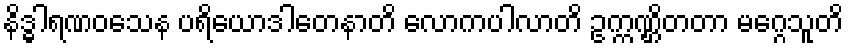
နိဒ္ဓါရဏဝသေန ပရိယောဒါတေနာတိ လောကပါလာတိ ဥက္ကဏ္ဌိတတာ မဂ္ဂေသူတိ